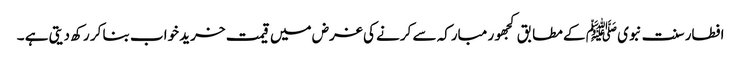
افطار سنت نبوی ﷺ کے مطابق کجھور مبارکہ سے کرنے کی غرض میں قیمت خرید خواب بنا کر رکھ دیتی ہے ۔